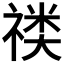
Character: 𱵟